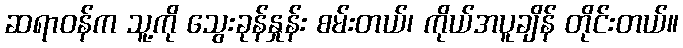
ဆရာဝန်က သူ့ကို သွေးခုန်နှုန်း စမ်းတယ်၊ ကိုယ်အပူချိန် တိုင်းတယ်။